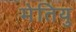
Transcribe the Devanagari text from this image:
मेतियु